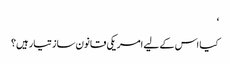
‘
کیا اس کے لیے امریکی قانون ساز تیار ہیں؟